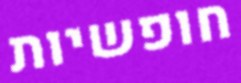
חופשיות